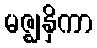
မဇ္ဈနှိကာ